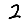
Digit: 2